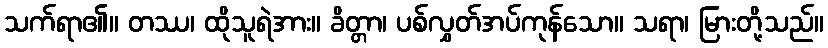
သက်ရာ၏။ တဿ၊ ထိုသူရဲအား။ ခိတ္တာ၊ ပစ်လွှတ်အပ်ကုန်သော။ သရာ၊ မြားတို့သည်။